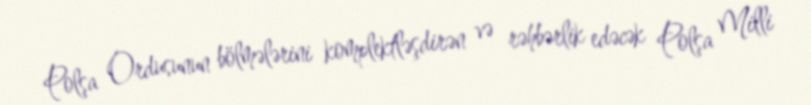
Polşa Ordusunun bölmələrini komplektləşdirən və rəhbərlik edəcək Polşa Milli